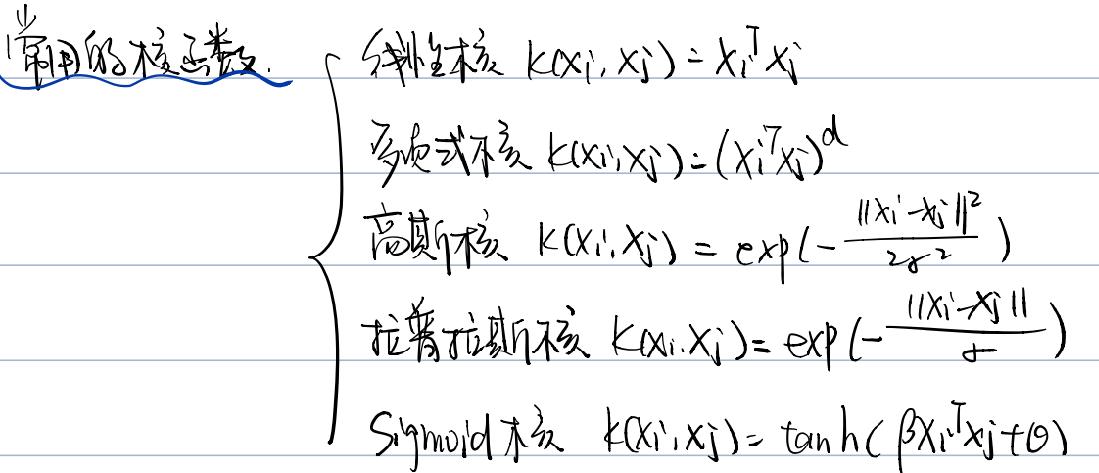
常用的核函数：\\
\(- \)线性核\( k(x_i, x_j) = x_i^T x_j\)\\
\(- \)多项式核\( k(x_i, x_j) = (x_i^T x_j)^d\)\\
\(- \)高斯核 k(x_i, x_j) = \exp(-\frac{\|x_i \(- \)x_j\|^2}{2\sigma^2})\\
\(- \)拉普拉斯核 k(x_i, x_j) = \exp(-\frac{\|x_i \(- \)x_j\|}{\sigma})\\
\(- \)Sigmoid核\( k(x_i, x_j) = \tanh(\beta x_i^T x_j + \theta) \)